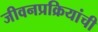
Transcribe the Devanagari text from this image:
जीवनप्रक्रियांची